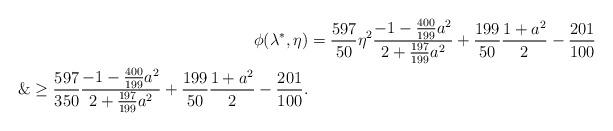
LaTeX: \begin{align*}\phi(\lambda^*, \eta) &= \frac{597}{50}\eta^2 \frac{-1-\frac{400}{199}a^2}{2+\frac{197}{199}a^2}+\frac{199}{50}\frac{1+a^2}{2}-\frac{201}{100}\\\&\ge \frac{597}{350} \frac{-1-\frac{400}{199}a^2}{2+\frac{197}{199}a^2}+\frac{199}{50}\frac{1+a^2}{2}-\frac{201}{100}.\end{align*}